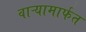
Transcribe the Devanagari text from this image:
वाऱ्यामार्फत